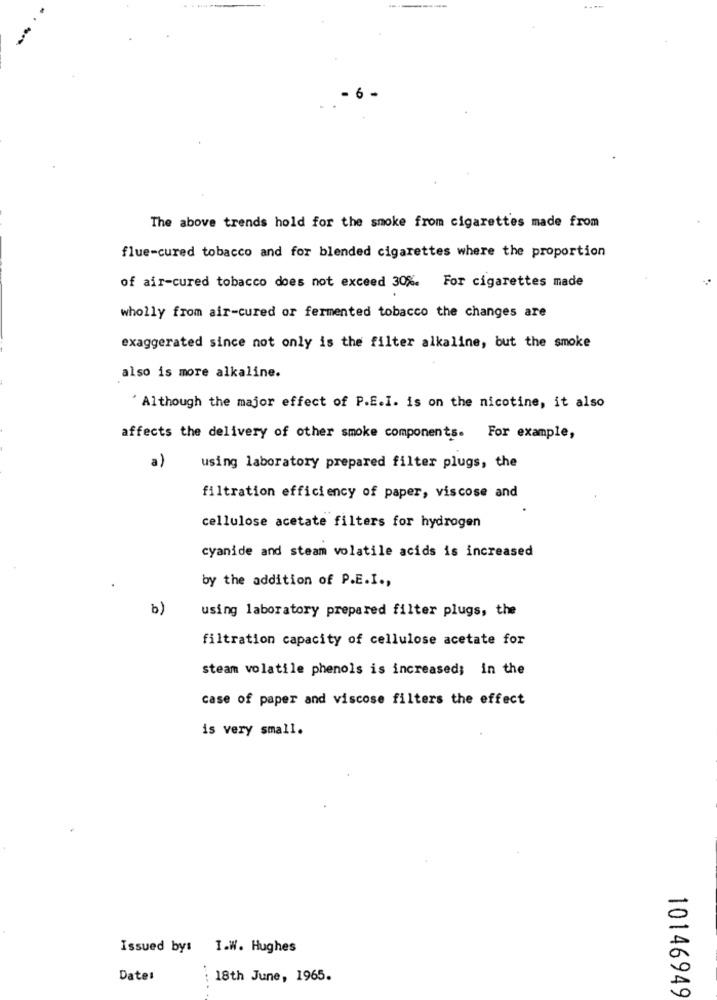
The above trends hold for the smoke from cigarettes made from
flue-cured tobacco and for blended cigarettes where the proportion
of air-cured tobacco does not exceed 30%. For cigarettes made
wholly from air-cured or fermented tobacco the changes are
exaggerated since not only is the filter alkaline, but the smoke
also is more alkaline.
' Although the major effect of P.E.I. is on the nicotine, it also
affects the delivery of other smoke components. For example,
a)
using laboratory prepared filter plugs, the
filtration efficiency of paper, viscose and
cellulose acetate filters for hydrogen
cyanide and steam volatile acids is increased
by the addition of P.E.I .,
b)
using laboratory prepared filter plugs, the
filtration capacity of cellulose acetate for
steam volatile phenols is increased; in the
case of paper and viscose filters the effect
is very small.
-
Issued by: I.W. Hughes
Date:
18th June, 1965.
0
10146949